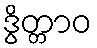
ဒွိတ္တာဝ